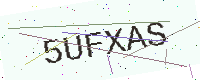
Text: 5UFXAS